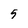
Character: 5